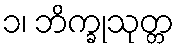
၁၊ ဘိက္ခုသုတ္တ